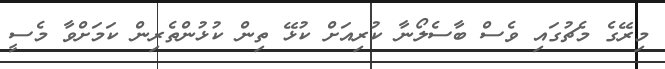
މިރޭގެ މެޗުގައި ވެސް ބާސެލޯނާ ކުރިއަށް ކުޅޭ ތިން ކުޅުންތެރިން ކަމަށްވާ މެސީ